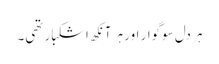
ہر دل سوگوار اور ہر آنکھ اشکبار تھی۔